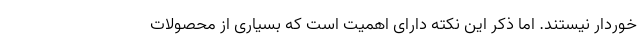
خوردار نیستند. اما ذکر این نکته دارای اهمیت است که بسیاری از محصولات